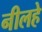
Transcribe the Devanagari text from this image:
नीलहे